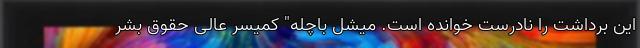
این برداشت را نادرست خوانده است. میشل باچله" کمیسر عالی حقوق بشر